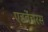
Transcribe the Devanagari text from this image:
एडवेंचरस